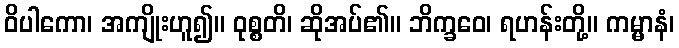
ဝိပါကော၊ အကျိုးဟူ၍။ ဝုစ္စတိ၊ ဆိုအပ်၏။ ဘိက္ခဝေ၊ ရဟန်းတို့။ ကမ္မာနံ၊